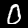
Digit: 0